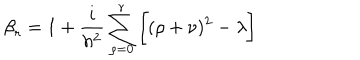
LaTeX: { \beta } _ { r } = 1 + \frac { i } { h ^ { 2 } } \sum _ { \rho = 0 } ^ { r } \bigg [ ( \rho + \nu ) ^ { 2 } - \lambda \bigg ]